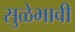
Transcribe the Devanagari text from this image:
सुळेभावी